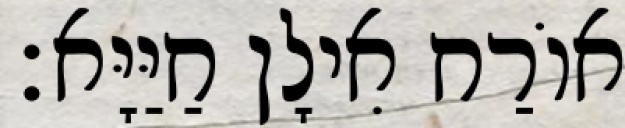
אוֹרַח אִילָן חַיַּיָּא׃